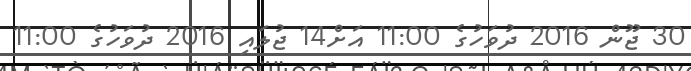
30 ޖޫން 2016 ދުވަހުގެ 11:00 އަށް14 ޖުލައި 2016 ދުވަހުގެ 11:00